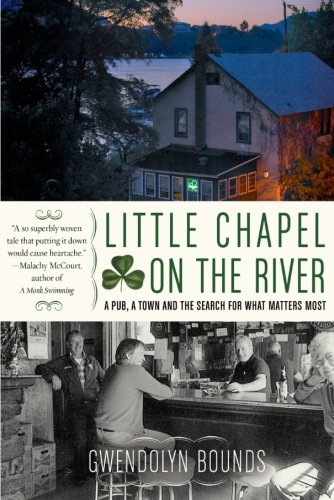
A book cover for Little Chapel on the River: A Pub, a Town and the Search for What Matters Most; Gwendolyn Bounds; Biographies & Memoirs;